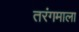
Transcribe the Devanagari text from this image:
तरंगमाला